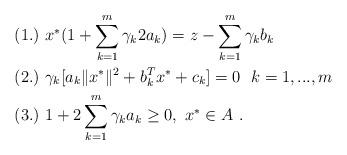
LaTeX: \begin{align*} &(1.)\ x^{*}(1+\sum\limits_{k=1}^m\gamma_k2a_{k})=z-\sum\limits_{k=1}^m\gamma_kb_{k}\ \ \\ &(2.)\ \gamma_k[a_{k}\|x^{*}\|^{2}+b_{k}^{T}x^{*}+c_{k}]=0\ \ k=1,...,m\ \ \\ &(3.)\ 1+2\sum\limits_{k=1}^m\gamma_k a_k\ge0,\ x^{*}\in A \ . \end{align*}